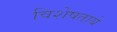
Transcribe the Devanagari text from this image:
विशेषताये